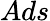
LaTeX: Ads